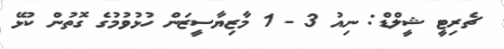
ޗެރިޓީ ޝީލްޑް: ނިއު 3 - 1 މާޒިޔާސީޒަން ހުޅުވުމުގެ ގޮތުން ކުޅޭ